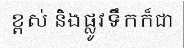
ខ្ពស់ និងផ្លូវទឹកក៏ជា